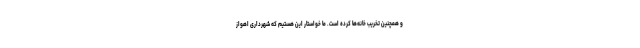
و همچنین تخریب خانه‌ها کرده است. ما خواستار این هستیم که شهرداری اهواز